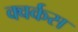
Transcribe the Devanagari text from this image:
क्वर्कस